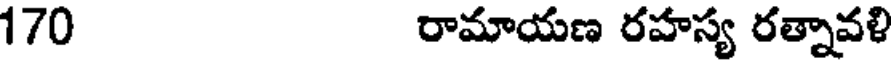
170 రామాయణ రహస్య రత్నావళి